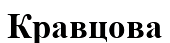
Кравцова